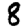
Digit: 8